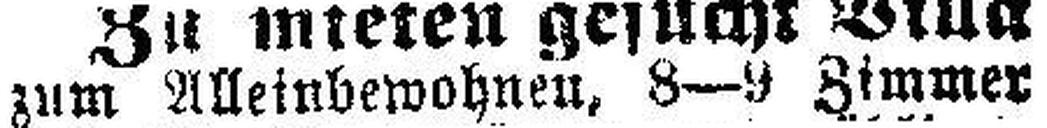
zum Alleinbewohnen. 8-9 Zimmer